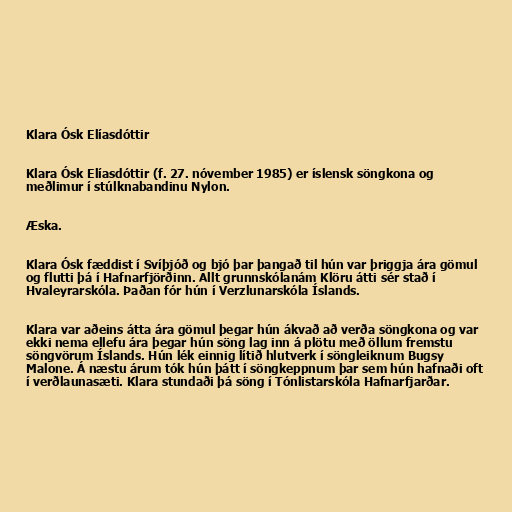
Klara Ósk Elíasdóttir

Klara Ósk Elíasdóttir (f. 27. nóvember 1985) er íslensk söngkona og
meðlimur í stúlknabandinu Nylon.

Æska.

Klara Ósk fæddist í Svíþjóð og bjó þar þangað til hún var þriggja ára gömul
og flutti þá í Hafnarfjörðinn. Allt grunnskólanám Klöru átti sér stað í
Hvaleyrarskóla. Þaðan fór hún í Verzlunarskóla Íslands.

Klara var aðeins átta ára gömul þegar hún ákvað að verða söngkona og var
ekki nema ellefu ára þegar hún söng lag inn á plötu með öllum fremstu
söngvörum Íslands. Hún lék einnig lítið hlutverk í söngleiknum Bugsy
Malone. Á næstu árum tók hún þátt í söngkeppnum þar sem hún hafnaði oft
í verðlaunasæti. Klara stundaði þá söng í Tónlistarskóla Hafnarfjarðar.